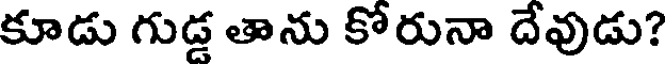
కూడు గుడ్డ తాను కోరునా దేవుడు?